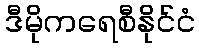
ဒီမိုကရေစီနိုင်ငံ